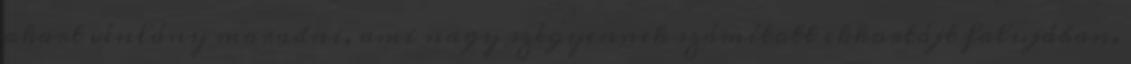
akart vénlány maradni, ami nagy szégyennek számított ekkortájt falujában.